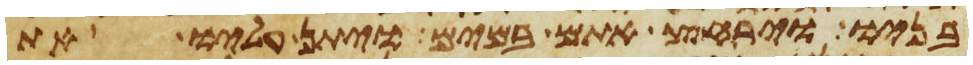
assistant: בניו וירחץ אתם במים ויתן עליו את